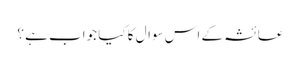
عائشہ کے اس سوال کا کیا جواب ہے ؟